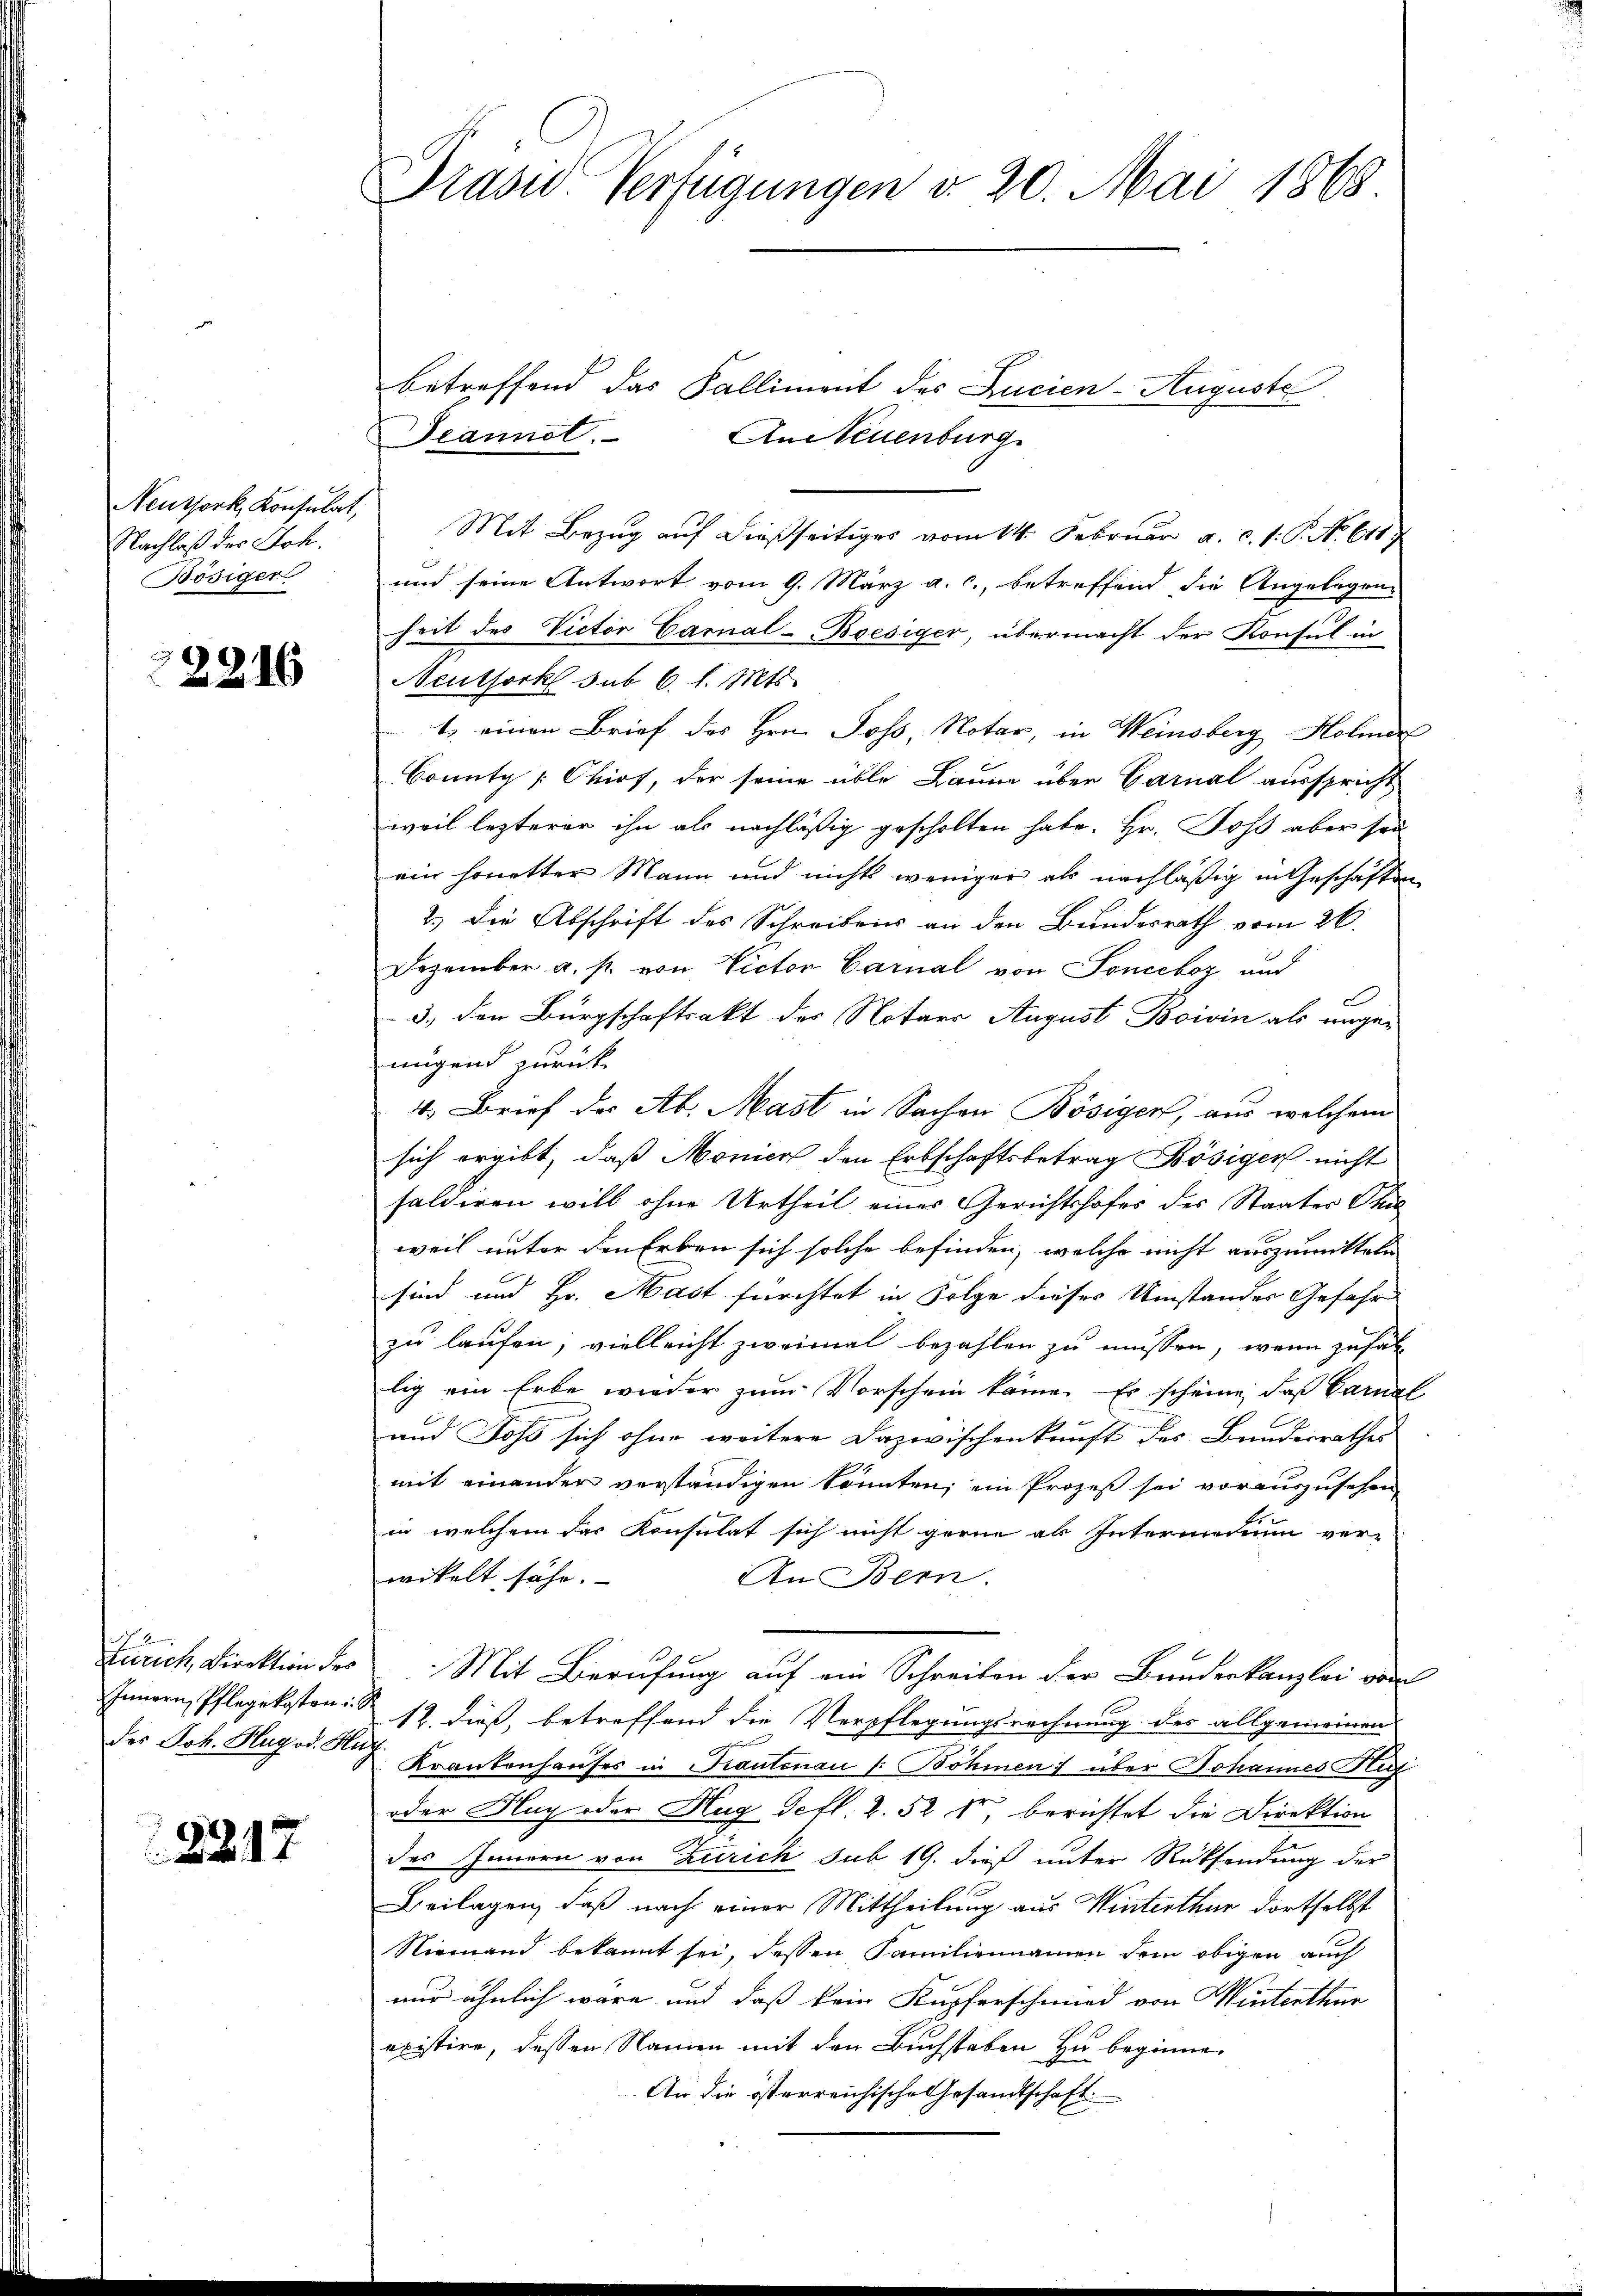
Neuthork, Konsulat,
Nachlaß der Joh.
Bösiger

22246

Zürich, Direktion der
Innern, Pflegekosten i
des Joh. Hug od. Hu

2217

Prase Verfügungen d. 20. Mai 1868.

Seannot. An Neuenburg

betreffend das Falliment des Lucien-Auguste
Mit Bezug auf dießseitiges vom 14. Februar a. c. s. S. No 611)
und seine Antwort vom 9. März a. c., betreffend die Angelegen-
heit des Victor Carnal-Boesiger, übermacht der Konsul in
Neuthork sub 6. l. Mts.
1. einen Brief des Hrn. Joss, Notar, in Weinsberg, Holmer
Bounty [Chios, der seine üble Baum über Garnal ausspricht
weil lezterer ihn als nachläßig gescholten habe. Hr. Jos aber sei
ein honetter Mann und nichts weniger als nachläßig in Geschäften
2.) Die Abschrift des Schreibens an den Bundesrath vom 26.
Dezember a. p. von Victor Carnal von Sonceboz und
c
3., den Bürgschaftsakt des Notars August Boivin als angenügend zurück
4. Brief der Ab. Mast in Sachen Bösigen, aus welchem
sich ergibt, daß Monier den Erbschaftsbetrag Bösiger nicht
saldiren will ohne Urtheil eines Gerichtshofes des Staater Phil
weil unter den Erben sich solche befinden, welche nicht auszumitteln
sind und Hr. Hast fürchtet in Folge dieses Umstandes Gefahr
zu laufen, vielleicht zweimal bezahlen zu müssen, wenn zufäll
lig ein Erbe wieder zum Vorschein käme. Es scheine, daß Caral
und Foss sich ohne weitere Dazwischenkunft des Bundesrathes
mit einanden verständigen könnten; ein Prozeß sei vorauszusehen
in welchem das Konsulat sich nicht gerne ab Intermedium ver-
wikelt sähe.
An Bern.
Mit Berufung auf ein Schreiben der Bundeskanzlei von
12. dieß, betreffend die Verpflegungsrechnung des allgemeinen
Krankenhauses in Kantonau (: Böhmen) über Johannes Mari
oder Nach oder Hug Sefl 2. 52 kr. berichtet die Direktion
des Innern von Zürich sub 19. dieß unter Rücksendung der
Beilagen, daß nach einer Mittheilung aus Winterthur dortselbst
Niemand bekannt sei, dessen Familiennamen dem obigen auch
nur ähnlich wäre und daß kein Kupferschmied von Winterthur
existire, dessen Namen mit den Buchstaben zu beginnen
An die österreichische Gesandtschaft.